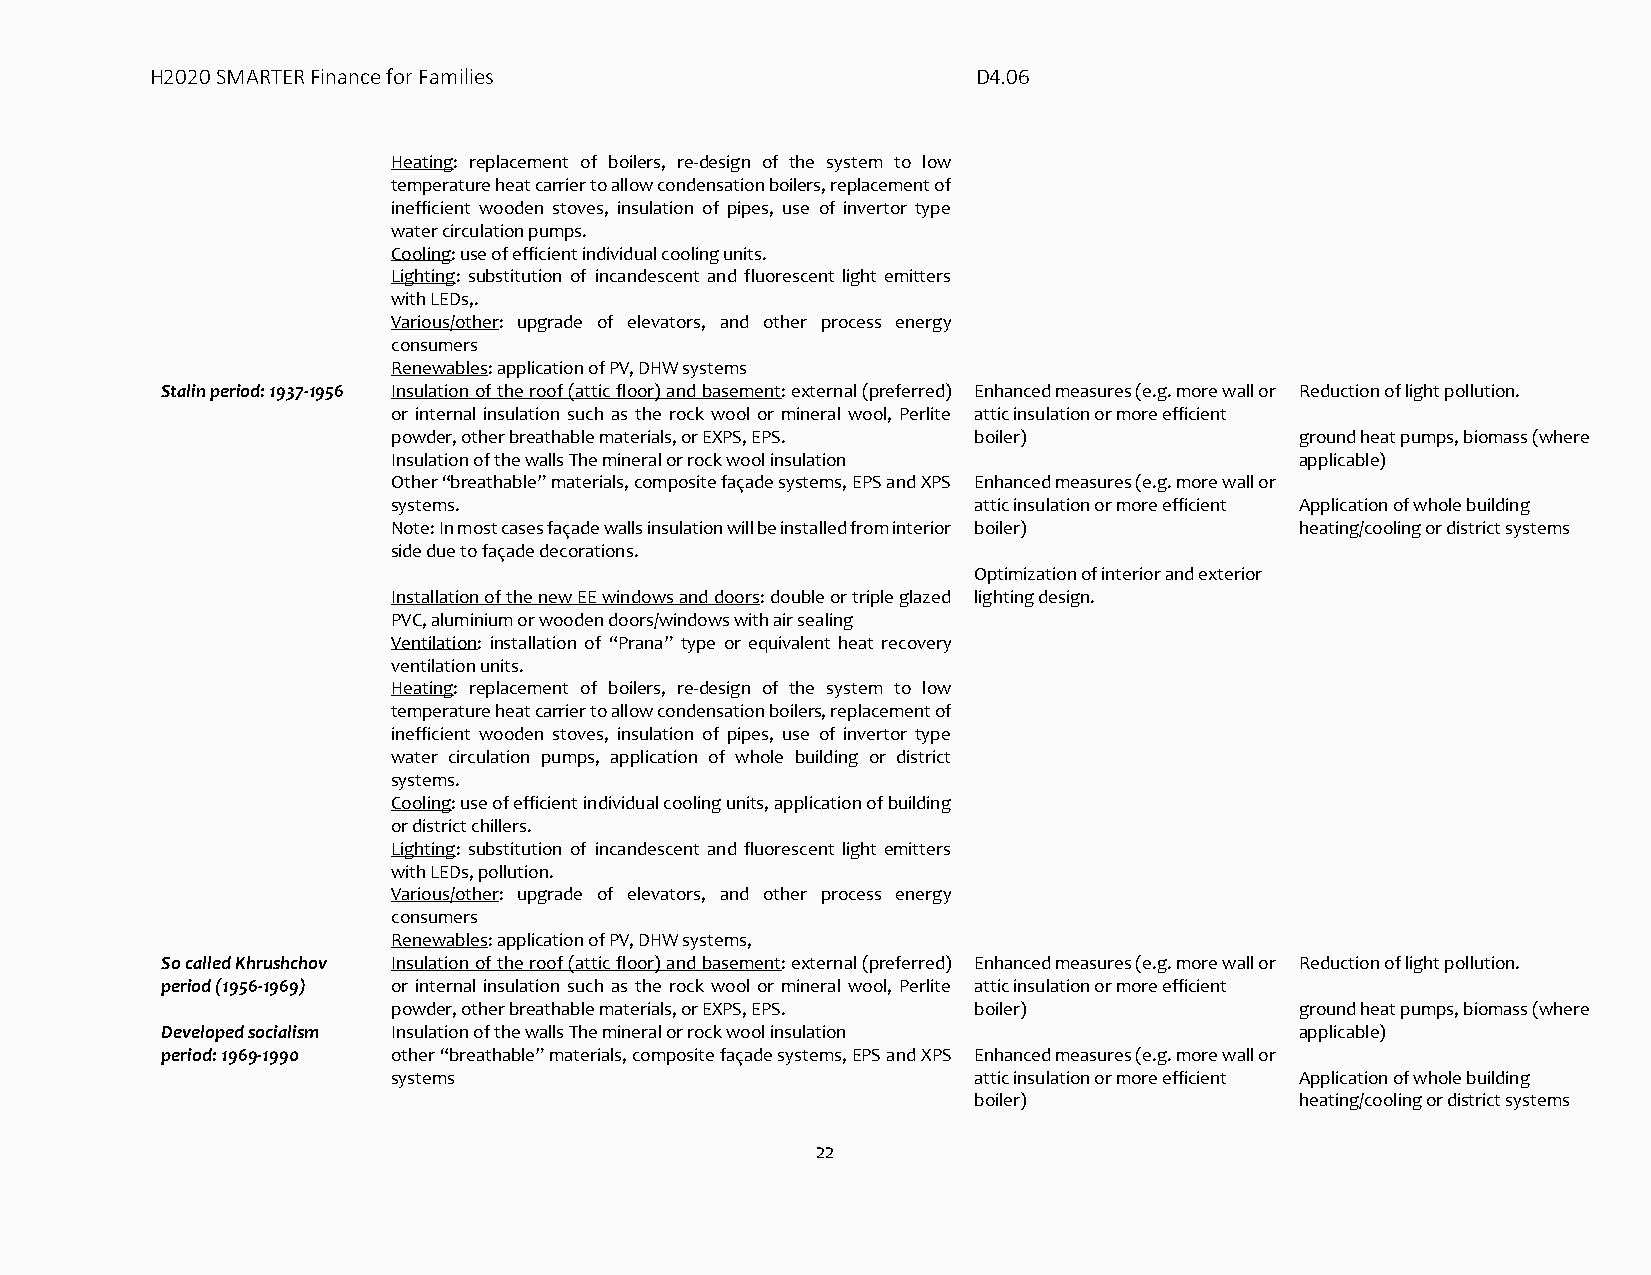
H2020 SMARTER Finance for Families                     D4.06
 Heating: replacement of boilers, re-design of the system to low
 temperature heat carrier to allow condensation boilers, replacement of
 inefficient wooden stoves, insulation of pipes, use of invertor type
 water circulation pumps.
 Cooling: use of efficient individual cooling units.
 Lighting: substitution of incandescent and fluorescent light emitters
 with LEDs,.
 Various/other: upgrade of elevators, and other process energy
 consumers
 Renewables: application of PV, DHW systems
 Stalin period: 1937-1956 Insulation of the roof (attic floor) and basement: external (preferred) Enhanced measures (e.g. more wall or Reduction of light pollution.
 or internal insulation such as the rock wool or mineral wool, Perlite attic insulation or more efficient
 powder, other breathable materials, or EXPS, EPS. boiler)   ground heat pumps, biomass (where
 Insulation of the walls The mineral or rock wool insulation applicable)
 Other “breathable” materials, composite façade systems, EPS and XPS Enhanced measures (e.g. more wall or
 systems.                              attic insulation or more efficient Application of whole building
 Note: In most cases façade walls insulation will be installed from interior boiler) heating/cooling or district systems
 side due to façade decorations.
 Optimization of interior and exterior
 Installation of the new EE windows and doors: double or triple glazed lighting design.
 PVC, aluminium or wooden doors/windows with air sealing
 Ventilation: installation of “Prana” type or equivalent heat recovery
 ventilation units.
 Heating: replacement of boilers, re-design of the system to low
 temperature heat carrier to allow condensation boilers, replacement of
 inefficient wooden stoves, insulation of pipes, use of invertor type
 water circulation pumps, application of whole building or district
 systems.
 Cooling: use of efficient individual cooling units, application of building
 or district chillers.
 Lighting: substitution of incandescent and fluorescent light emitters
 with LEDs, pollution.
 Various/other: upgrade of elevators, and other process energy
 consumers
 Renewables: application of PV, DHW systems,
 So called Khrushchov Insulation of the roof (attic floor) and basement: external (preferred) Enhanced measures (e.g. more wall or Reduction of light pollution.
 period (1956-1969) or internal insulation such as the rock wool or mineral wool, Perlite attic insulation or more efficient
 powder, other breathable materials, or EXPS, EPS. boiler)   ground heat pumps, biomass (where
 Developed socialism Insulation of the walls The mineral or rock wool insulation applicable)
 period: 1969-1990 other “breathable” materials, composite façade systems, EPS and XPS Enhanced measures (e.g. more wall or
 systems                               attic insulation or more efficient Application of whole building
 boiler)               heating/cooling or district systems
 22